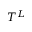
T ^ { L }